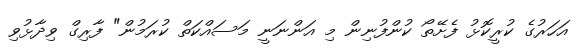
އަހަރުގެ ކުރީކޮޅު ފެށޭތޯ ކުންފުނިން މި އަންނަނީ މަސައްކަތް ކުރަމުން" ފާރިގް ވިދާޅުވި